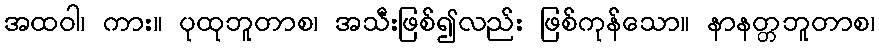
အထဝါ၊ ကား။ ပုထုဘူတာစ၊ အသီးဖြစ်၍လည်း ဖြစ်ကုန်သော။ နာနတ္တဘူတာစ၊